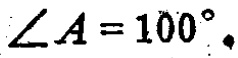
\(\angle A = 100^{\circ}\)